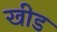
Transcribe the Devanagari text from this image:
खीड